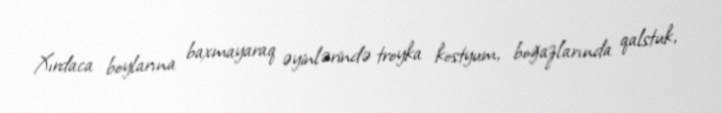
Xırdaca boylarına baxmayaraq əyinlərində troyka kostyum, boğazlarında qalstuk,